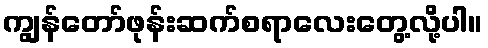
ကျွန်တော်ဖုန်းဆက်စရာလေးတွေ့လို့ပါ။